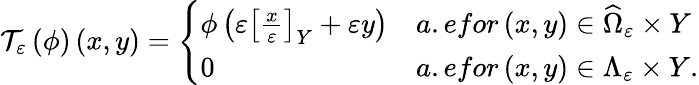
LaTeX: \mathcal{T}_{\varepsilon}\left(\phi\right)\left(x,y\right)=\left\{ \begin{array}{ll}{\phi\left(\varepsilon\left[\frac{x}{\varepsilon}\right]_{Y}+\varepsilon y\right)}&{a.efor\left(x,y\right)\in\widehat{\Omega}_{\varepsilon}\times Y}\\ {0}&{a.efor\left(x,y\right)\in\Lambda_{\varepsilon}\times Y.}\end{array}\right.